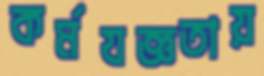
কর্মযজ্ঞতায়